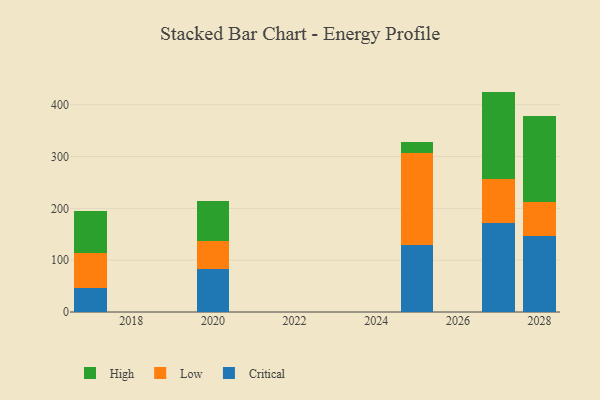
{"axis": {"x": "Year", "y": "Demand Index"}, "legend": ["Critical", "High", "Low"], "data": [{"x": "2027", "y": 171.6, "type": "Critical"}, {"x": "2027", "y": 85.7, "type": "Low"}, {"x": "2027", "y": 168.1, "type": "High"}, {"x": "2020", "y": 83.4, "type": "Critical"}, {"x": "2020", "y": 53.8, "type": "Low"}, {"x": "2020", "y": 76.4, "type": "High"}, {"x": "2025", "y": 128.4, "type": "Critical"}, {"x": "2025", "y": 179.4, "type": "Low"}, {"x": "2025", "y": 19.7, "type": "High"}, {"x": "2028", "y": 147.2, "type": "Critical"}, {"x": "2028", "y": 64.8, "type": "Low"}, {"x": "2028", "y": 166.1, "type": "High"}, {"x": "2017", "y": 45.8, "type": "Critical"}, {"x": "2017", "y": 67.4, "type": "Low"}, {"x": "2017", "y": 81.0, "type": "High"}]}